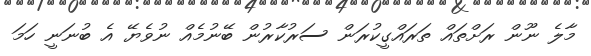
މާލެ ނޫން ރަށްތައް ތަރައްގީކުރަން ސަރުކާރުން ބޭނުމެއް ނުވެޔޭ އެ ބުނަނީ ހަމަ